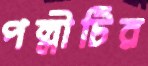
পল্লীটির